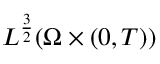
L ^ { \frac 3 2 } ( \Omega \times ( 0 , T ) )